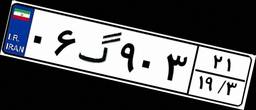
۰۶گ۹۰۳۲۱